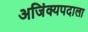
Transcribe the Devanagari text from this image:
अजिंक्यपदाला